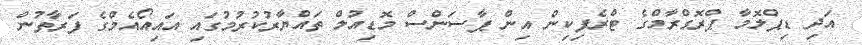
އަދި ޑިޕްލޮމާ ޕްރޮގްރާމްގެ ޓްރެފިކިން އިން ޕާސަންސް މޮޑިއުލް ތައްޔާރުކުރުމުގައި އައިއޯއެމްގެ ފަރާތުން